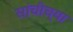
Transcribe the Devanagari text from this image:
सांचीच्या